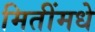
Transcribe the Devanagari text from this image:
मितींमधे